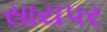
સાયપર